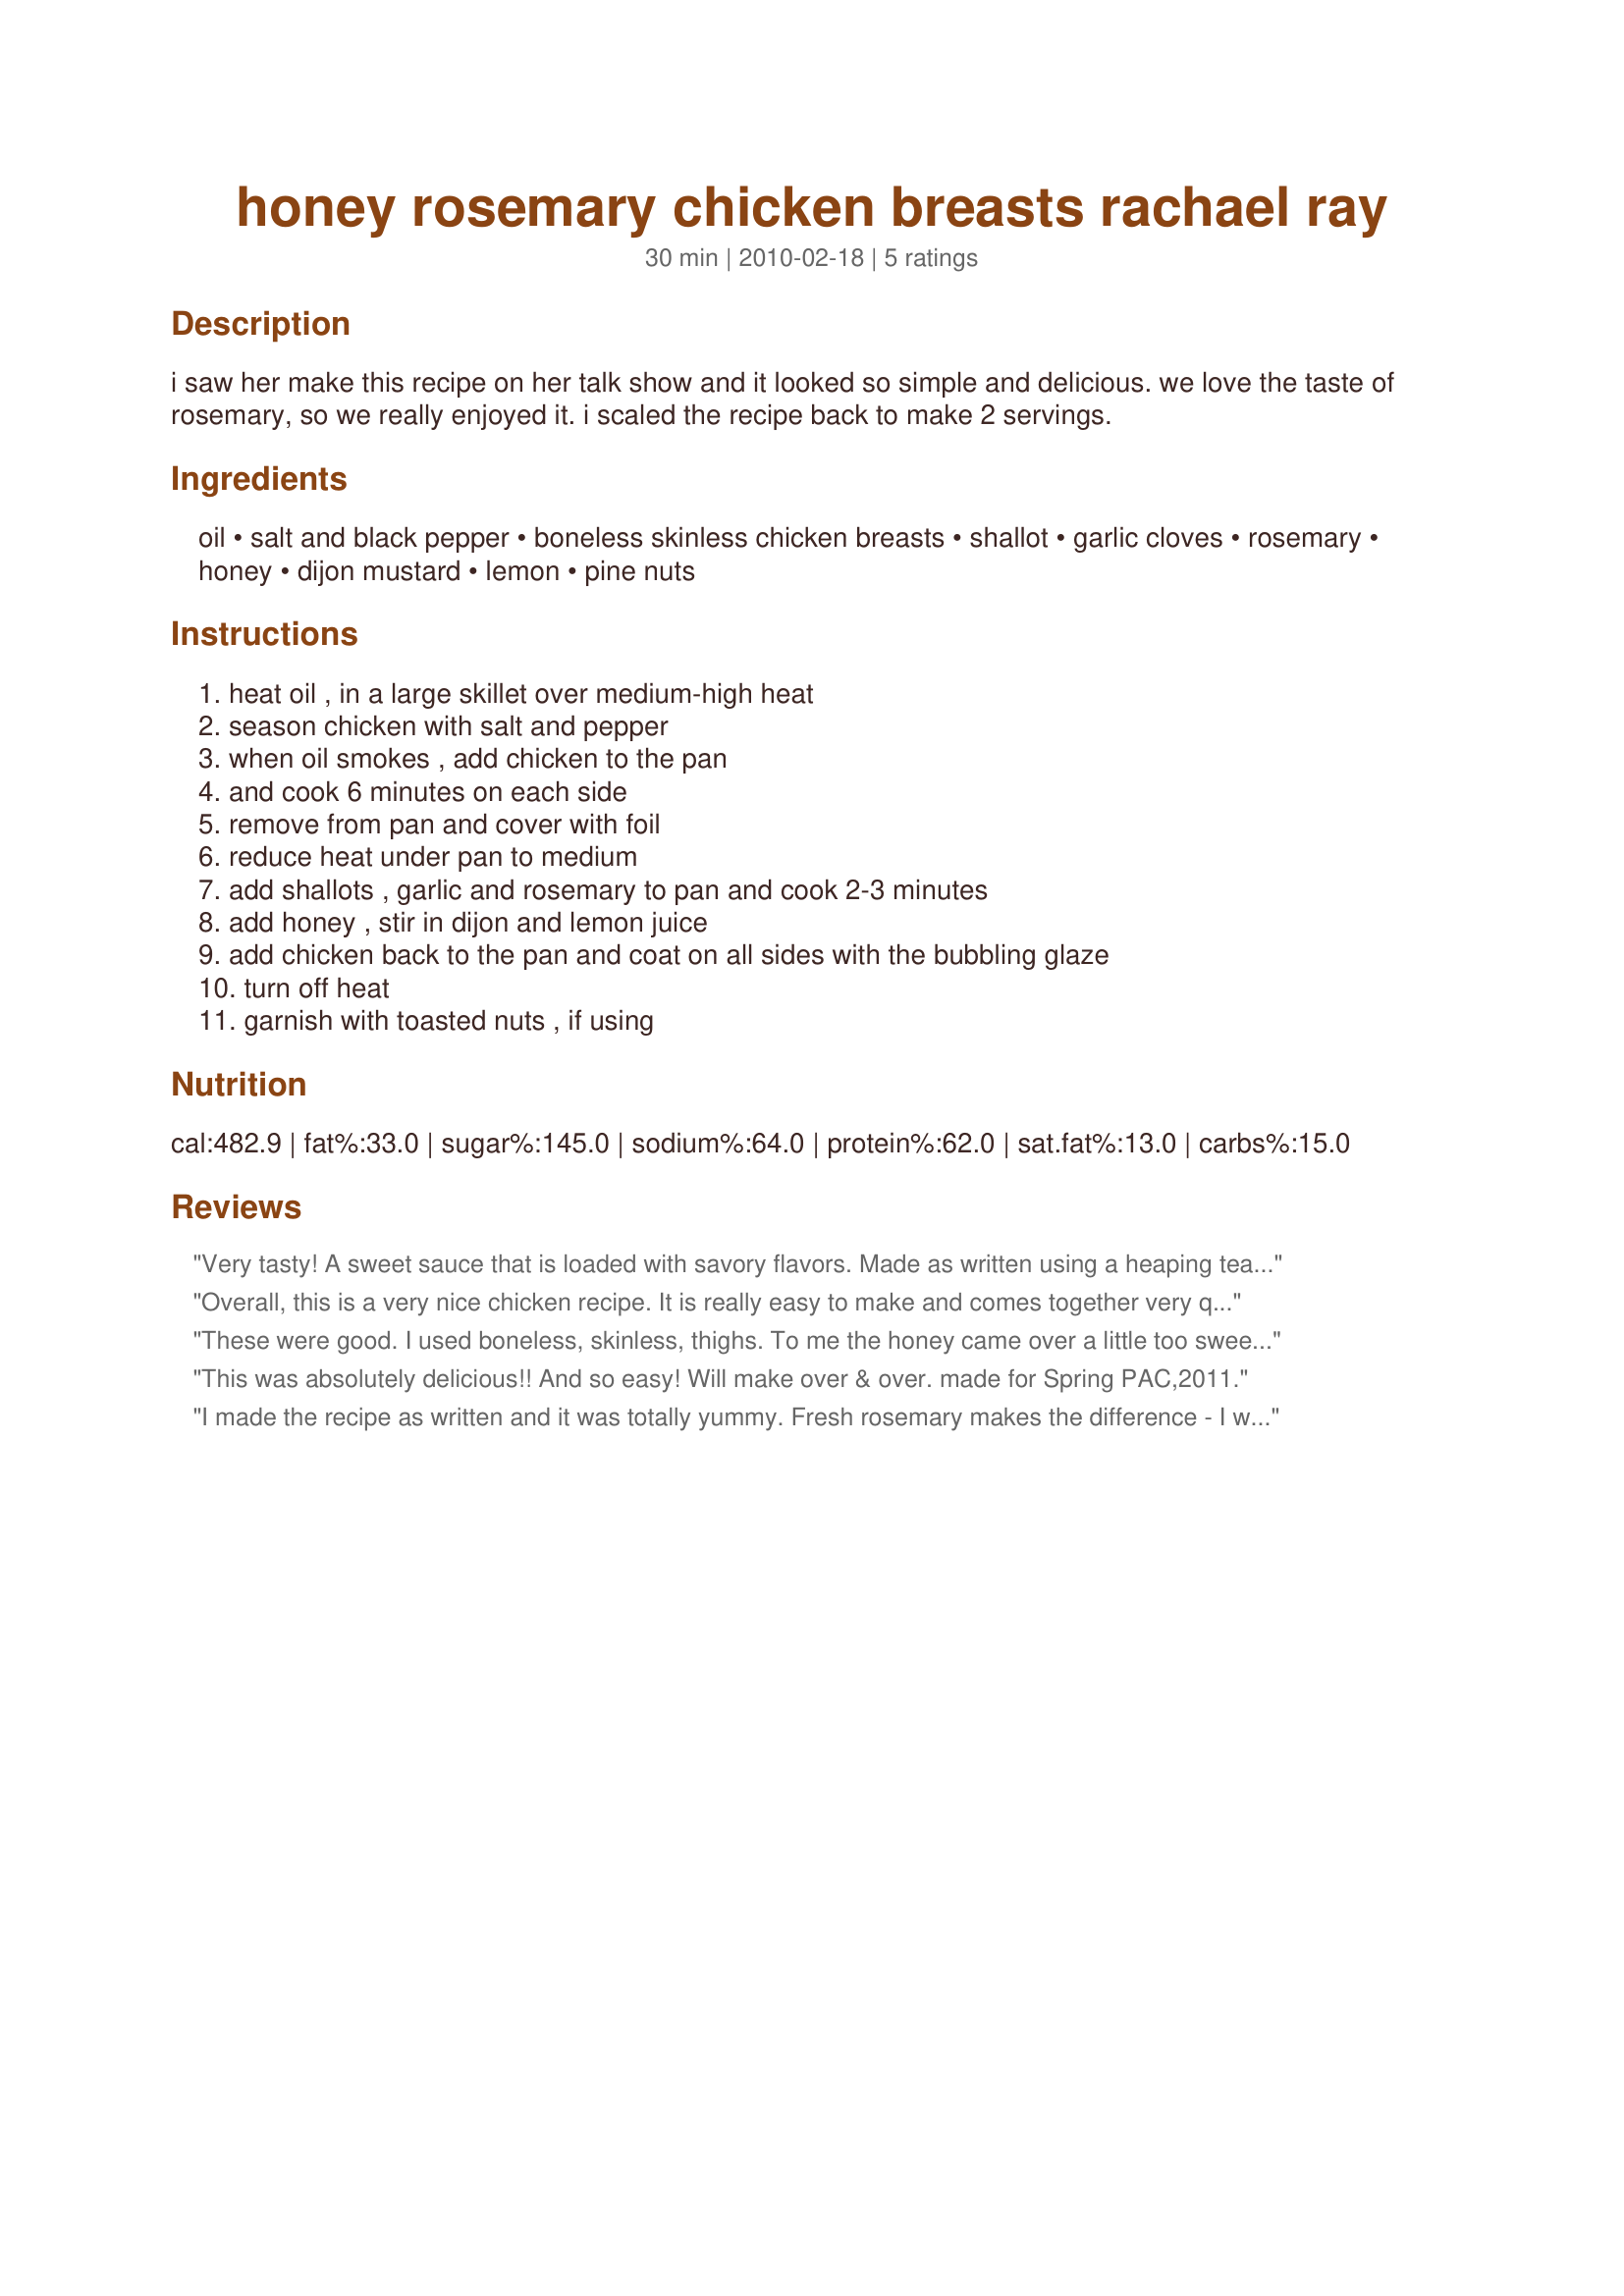
honey rosemary chicken breasts rachael ray
Preparation time: 30 minutes

i saw her make this recipe on her talk show and it looked so simple and delicious. we love the taste of rosemary, so we really enjoyed it. i scaled the recipe back to make 2 servings.

Ingredients:
oil, salt and black pepper, boneless skinless chicken breasts, shallot, garlic cloves, rosemary, honey, dijon mustard, lemon, pine nuts

Steps:
heat oil , in a large skillet over medium-high heat, season chicken with salt and pepper, when oil smokes , add chicken to the pan, and cook 6 minutes on each side, remove from pan and cover with foil, reduce heat under pan to medium, add shallots , garlic and rosemary to pan and cook 2-3 minutes, add honey , stir in dijon and lemon juice, add chicken back to the pan and coat on all sides with the bubbling glaze, turn off heat, garnish with toasted nuts , if using

Reviews:
Very tasty! A sweet sauce that is loaded with savory flavors. Made as written using a heaping teaspoon (closer to a teaspoon and a half) of Dijon mustard and topped with pine nuts. It cooked up perfectly and made a wonderful dinner. Thanks so much for the post.
Overall, this is a very nice chicken recipe. It is really easy to make and comes together very quickly! I have to agree with Vicki...the honey was a bit overpowering. I'd decrease the honey and increase the dijon mustard. Didn't use the nuts....not on my current diet, but I bet they would have offset the sweetness.
These were good. I used boneless, skinless, thighs. To me the honey came over a little too sweet, next time will up the dijon and reduce the honey. Thanks for posting.
This was absolutely delicious!! And so easy! Will make over & over. made for Spring PAC,2011.
I made the recipe as written and it was totally yummy. Fresh rosemary makes the difference - I wouldn't use as much if it was the dried stuff.
